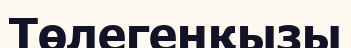
Төлегенқызы